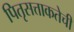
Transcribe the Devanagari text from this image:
पितृसत्ताकतेची